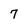
Character: 7